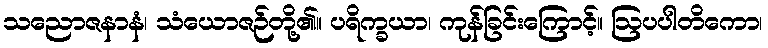
သညောဇနာနံ၊ သံယောဇဉ်တို့၏။ ပရိက္ခယာ၊ ကုန်ခြင်းကြောင့်။ ဩပပါတိကော၊